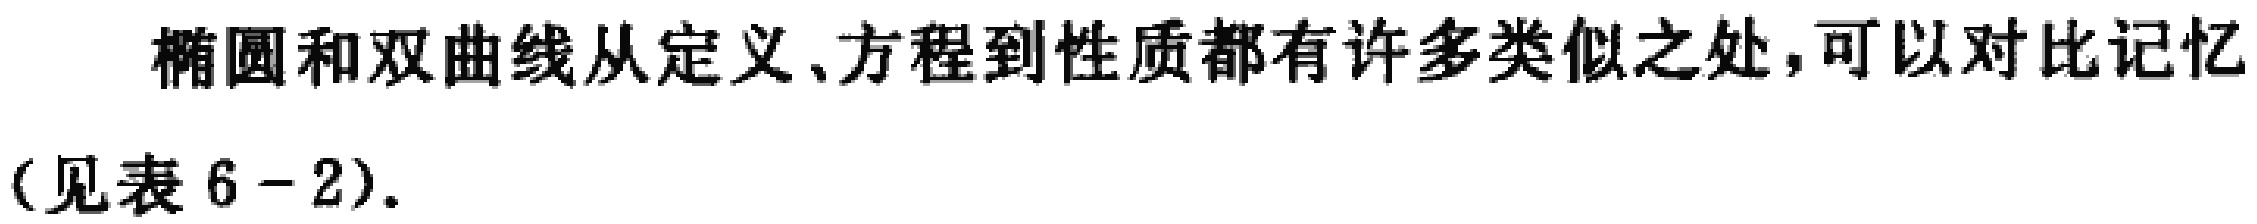
椭圆和双曲线从定义、方程到性质都有许多类似之处，可以对比记忆（见表 6 - 2）.